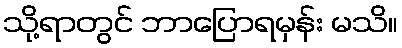
သို့ရာတွင် ဘာပြောရမှန်း မသိ။